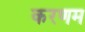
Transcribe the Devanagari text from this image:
करणम